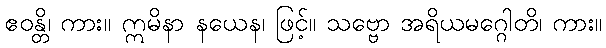
ဧဝန္တိ၊ ကား။ ဣမိနာ နယေန၊ ဖြင့်။ သဗ္ဗော အရိယမဂ္ဂေါတိ၊ ကား။